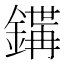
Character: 𨪇